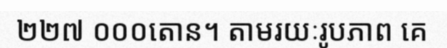
២២៧ ០០០តោន។ តាមរយៈរូបភាព គេ